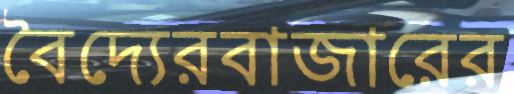
বৈদ্যেরবাজারের